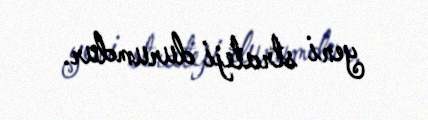
yeni strateji durumdur.